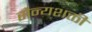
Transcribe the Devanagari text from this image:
सैन्यशक्ती